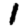
Digit: 1